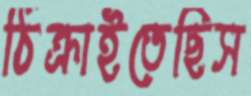
ঠিক্‌রাইতেছিস